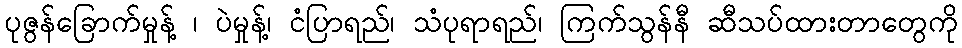
ပုဇွန်ခြောက်မှုန့် ၊ ပဲမှုန့်၊ ငံပြာရည်၊ သံပုရာရည်၊ ကြက်သွန်နီ ဆီသပ်ထားတာတွေကို